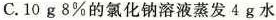
C.10g 8%的氯化钠溶液蒸发4g 水